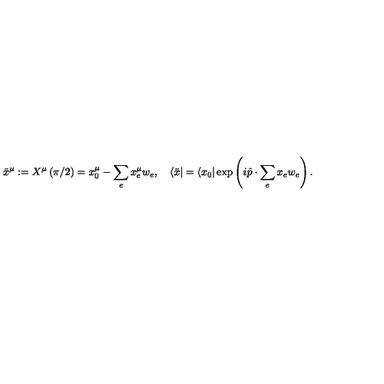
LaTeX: \bar { x } ^ { \mu } : = X ^ { \mu } \left( \pi / 2 \right) = x _ { 0 } ^ { \mu } - \sum _ { e } x _ { e } ^ { \mu } w _ { e } , \quad \langle \bar { x } | = \langle x _ { 0 } | \exp \left( i \hat { p } \cdot \sum _ { e } x _ { e } w _ { e } \right) .